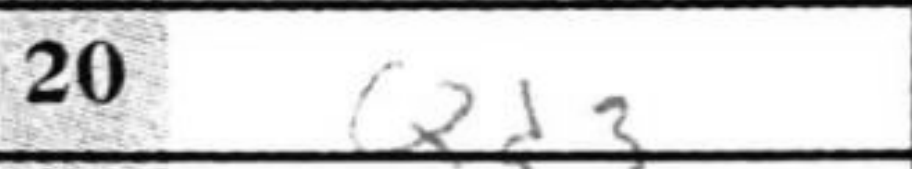
Transcription: Qd3